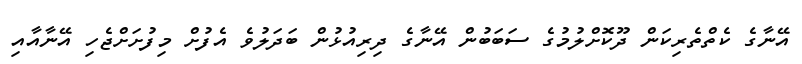
އޭނާގެ ކެތްތެރިކަން ދޫކޮށްލުމުގެ ސަބަބުން އޭނާގެ ދިރިއުޅުން ބަދަލުވެ އެފުށް މިފުށަށްޖެހި އޭނާއާއި